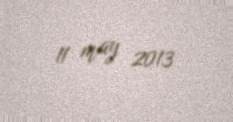
11 may 2013